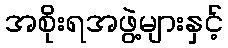
အစိုးရအဖွဲ့များနှင့်